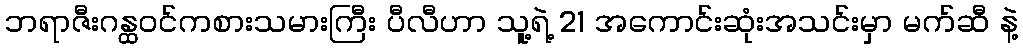
ဘရာဇီးဂန္ထဝင်ကစားသမားကြီး ပီလီဟာ သူ့ရဲ့ 21 အကောင်းဆုံးအသင်းမှာ မက်ဆီ နဲ့